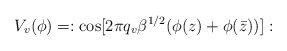
\begin{align*}V_v(\phi) = : {\rm cos} [ 2 \pi q_v \beta ^{1/2}(\phi(z) + \phi({\bar z}))]:\end{align*}